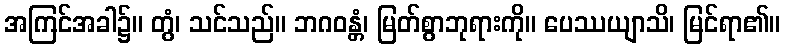
အကြင်အခါ၌။ တွံ၊ သင်သည်။ ဘဂဝန္တံ၊ မြတ်စွာဘုရားကို။ ပေဿယျာသိ၊ မြင်ရာ၏။